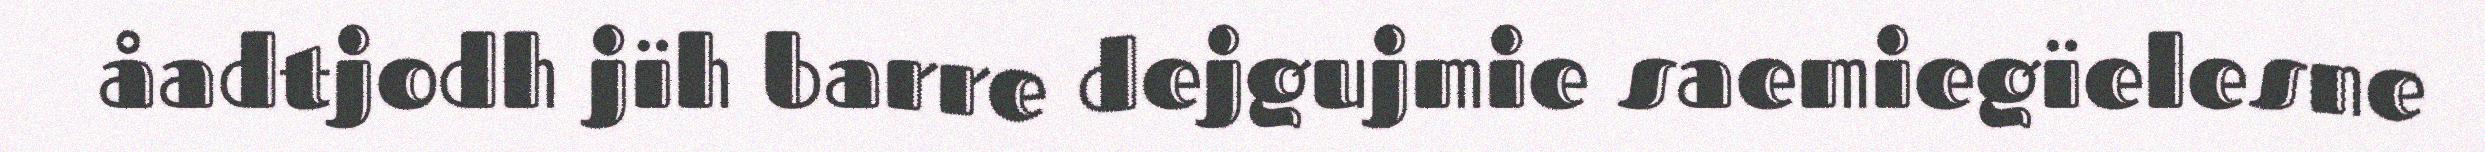
åadtjodh jïh barre dejgujmie saemiegïelesne